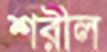
শরীল